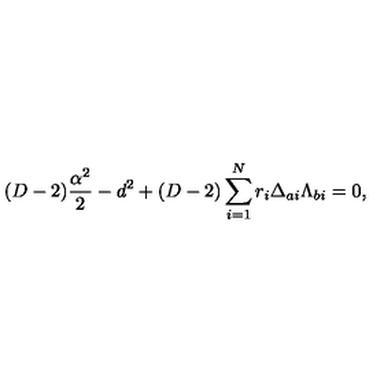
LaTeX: ( D - 2 ) { \frac { \alpha ^ { 2 } } { 2 } } - d ^ { 2 } + ( D - 2 ) \sum _ { i = 1 } ^ { N } r _ { i } \Delta _ { a i } \Lambda _ { b i } = 0 ,